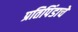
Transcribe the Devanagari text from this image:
प्रतिपिंडाचे